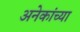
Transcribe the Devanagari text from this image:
अनेकांच्‍या